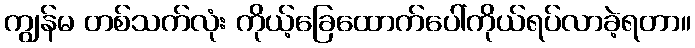
ကျွန်မ တစ်သက်လုံး ကိုယ့်ခြေထောက်ပေါ်ကိုယ်ရပ်လာခဲ့ရတာ။